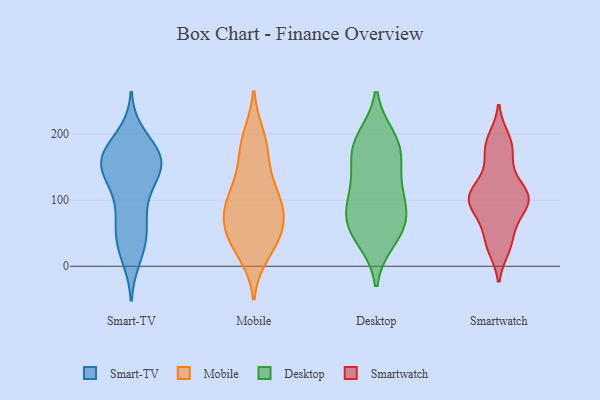
{"axis": {"x": "Conversion Rate (%)", "y": "Value"}, "legend": ["Desktop", "Mobile", "Smart-TV", "Smartwatch"], "data": [{"x": "", "y": 133, "type": "Smart-TV"}, {"x": "", "y": 163, "type": "Smart-TV"}, {"x": "", "y": 37, "type": "Smart-TV"}, {"x": "", "y": 16, "type": "Smart-TV"}, {"x": "", "y": 168, "type": "Smart-TV"}, {"x": "", "y": 76, "type": "Smart-TV"}, {"x": "", "y": 196, "type": "Smart-TV"}, {"x": "", "y": 73, "type": "Smart-TV"}, {"x": "", "y": 160, "type": "Smart-TV"}, {"x": "", "y": 109, "type": "Smart-TV"}, {"x": "", "y": 173, "type": "Smart-TV"}, {"x": "", "y": 30, "type": "Smart-TV"}, {"x": "", "y": 136, "type": "Smart-TV"}, {"x": "", "y": 166, "type": "Smart-TV"}, {"x": "", "y": 146, "type": "Smart-TV"}, {"x": "", "y": 52, "type": "Smart-TV"}, {"x": "", "y": 152, "type": "Smart-TV"}, {"x": "", "y": 162, "type": "Smart-TV"}, {"x": "", "y": 172, "type": "Mobile"}, {"x": "", "y": 59, "type": "Mobile"}, {"x": "", "y": 82, "type": "Mobile"}, {"x": "", "y": 57, "type": "Mobile"}, {"x": "", "y": 31, "type": "Mobile"}, {"x": "", "y": 18, "type": "Mobile"}, {"x": "", "y": 196, "type": "Mobile"}, {"x": "", "y": 189, "type": "Mobile"}, {"x": "", "y": 100, "type": "Mobile"}, {"x": "", "y": 121, "type": "Mobile"}, {"x": "", "y": 33, "type": "Mobile"}, {"x": "", "y": 57, "type": "Mobile"}, {"x": "", "y": 101, "type": "Mobile"}, {"x": "", "y": 99, "type": "Mobile"}, {"x": "", "y": 75, "type": "Mobile"}, {"x": "", "y": 146, "type": "Mobile"}, {"x": "", "y": 55, "type": "Desktop"}, {"x": "", "y": 41, "type": "Desktop"}, {"x": "", "y": 69, "type": "Desktop"}, {"x": "", "y": 174, "type": "Desktop"}, {"x": "", "y": 173, "type": "Desktop"}, {"x": "", "y": 135, "type": "Desktop"}, {"x": "", "y": 99, "type": "Desktop"}, {"x": "", "y": 192, "type": "Desktop"}, {"x": "", "y": 185, "type": "Desktop"}, {"x": "", "y": 60, "type": "Desktop"}, {"x": "", "y": 116, "type": "Desktop"}, {"x": "", "y": 86, "type": "Desktop"}, {"x": "", "y": 32, "type": "Smartwatch"}, {"x": "", "y": 168, "type": "Smartwatch"}, {"x": "", "y": 90, "type": "Smartwatch"}, {"x": "", "y": 156, "type": "Smartwatch"}, {"x": "", "y": 188, "type": "Smartwatch"}, {"x": "", "y": 54, "type": "Smartwatch"}, {"x": "", "y": 181, "type": "Smartwatch"}, {"x": "", "y": 102, "type": "Smartwatch"}, {"x": "", "y": 28, "type": "Smartwatch"}, {"x": "", "y": 111, "type": "Smartwatch"}, {"x": "", "y": 114, "type": "Smartwatch"}, {"x": "", "y": 193, "type": "Smartwatch"}, {"x": "", "y": 110, "type": "Smartwatch"}, {"x": "", "y": 109, "type": "Smartwatch"}, {"x": "", "y": 33, "type": "Smartwatch"}, {"x": "", "y": 97, "type": "Smartwatch"}, {"x": "", "y": 87, "type": "Smartwatch"}, {"x": "", "y": 73, "type": "Smartwatch"}, {"x": "", "y": 97, "type": "Smartwatch"}, {"x": "", "y": 122, "type": "Smartwatch"}]}